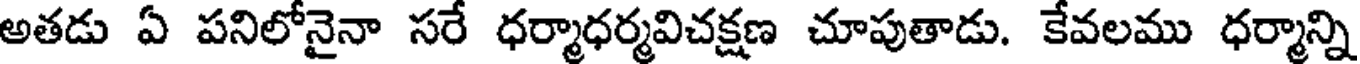
అతడు ఏ పనిలోనైనా సరే ధర్మాధర్మవిచక్షణ చూపుతాడు. కేవలము ధర్మాన్ని